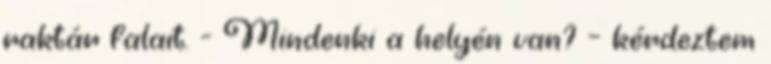
raktár falait. - Mindenki a helyén van? – kérdeztem